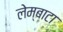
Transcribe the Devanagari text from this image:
लेम्बाटा